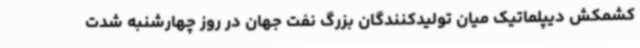
کشمکش دیپلماتیک میان تولیدکنندگان بزرگ نفت جهان در روز چهارشنبه شدت